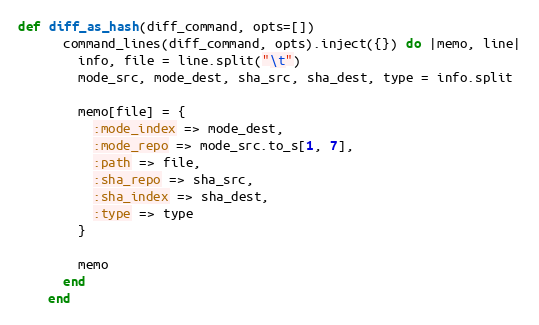
Language: Ruby
def diff_as_hash(diff_command, opts=[])
      command_lines(diff_command, opts).inject({}) do |memo, line|
        info, file = line.split("\t")
        mode_src, mode_dest, sha_src, sha_dest, type = info.split

        memo[file] = {
          :mode_index => mode_dest,
          :mode_repo => mode_src.to_s[1, 7],
          :path => file,
          :sha_repo => sha_src,
          :sha_index => sha_dest,
          :type => type
        }

        memo
      end
    end